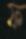
ফ